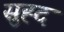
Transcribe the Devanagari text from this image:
सुह्द